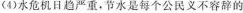
(4)水危机日趋严重，节水是每个公民义不容辞的